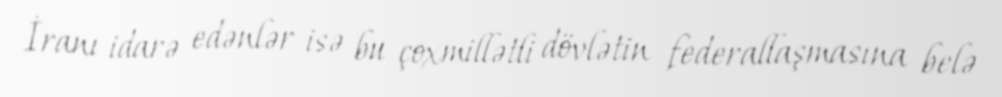
İranı idarə edənlər isə bu çoxmillətli dövlətin federallaşmasına belə